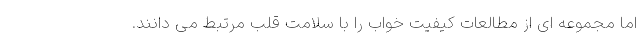
اما مجموعه ای از مطالعات کیفیت خواب را با سلامت قلب مرتبط می دانند.